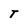
Character: T